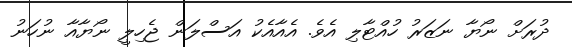
ދުރަށް ނޯޔާ ނަޒަރު ހުއްޓާލި އެވެ. އެއާއެކު އަސްލަން ޖެހިލީ ނޯޔާއާ ނުހަނު